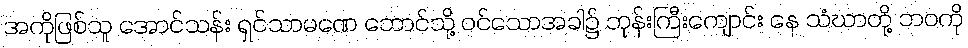
အကိုဖြစ်သူ အောင်သန်း ရှင်သာမဏေ ဘောင်သို့ ဝင်သောအခါ၌ ဘုန်းကြီးကျောင်း နေ သံဃာတို့ ဘဝကို